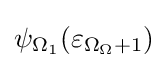
\psi _{\Omega _{1}}(\varepsilon _{\Omega _{\Omega }+1})